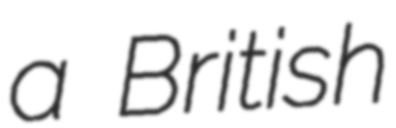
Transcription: a British